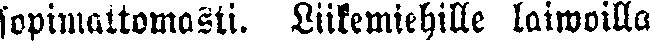
sopimattomasti. Liikemiehille laiwoilla